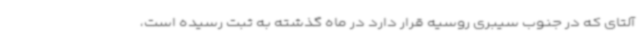
آلتای که در جنوب سیبری روسیه قرار دارد در ماه گذشته به ثبت رسیده است،